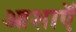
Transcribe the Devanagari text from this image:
आशाऍ